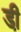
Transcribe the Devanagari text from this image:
डी़